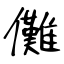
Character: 儺